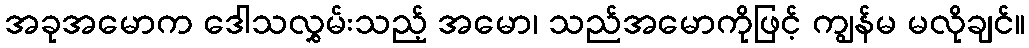
အခုအမောက ဒေါသလွှမ်းသည့် အမော၊ သည်အမောကိုဖြင့် ကျွန်မ မလိုချင်။